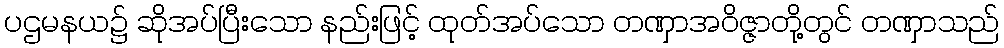
ပဌမနယ၌ ဆိုအပ်ပြီးသော နည်းဖြင့် ထုတ်အပ်သော တဏှာအဝိဇ္ဇာတို့တွင် တဏှာသည်